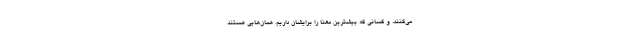
می‌کنند. و کسانی که بیشترین معنا را برایشان داریم، همان‌هایی هستند